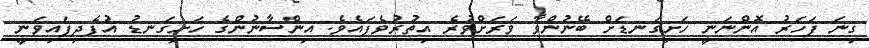
ގިނަ ފަހަރު އޮންނަނީ ހަށިގަނޑަށް ބޭނުންވާ ވަރަށްވުރެ އިތުރުވެފައެވެ. އިންސާނުންގެ ހަށިގަނޑު އުފެދިފައިވަނީ